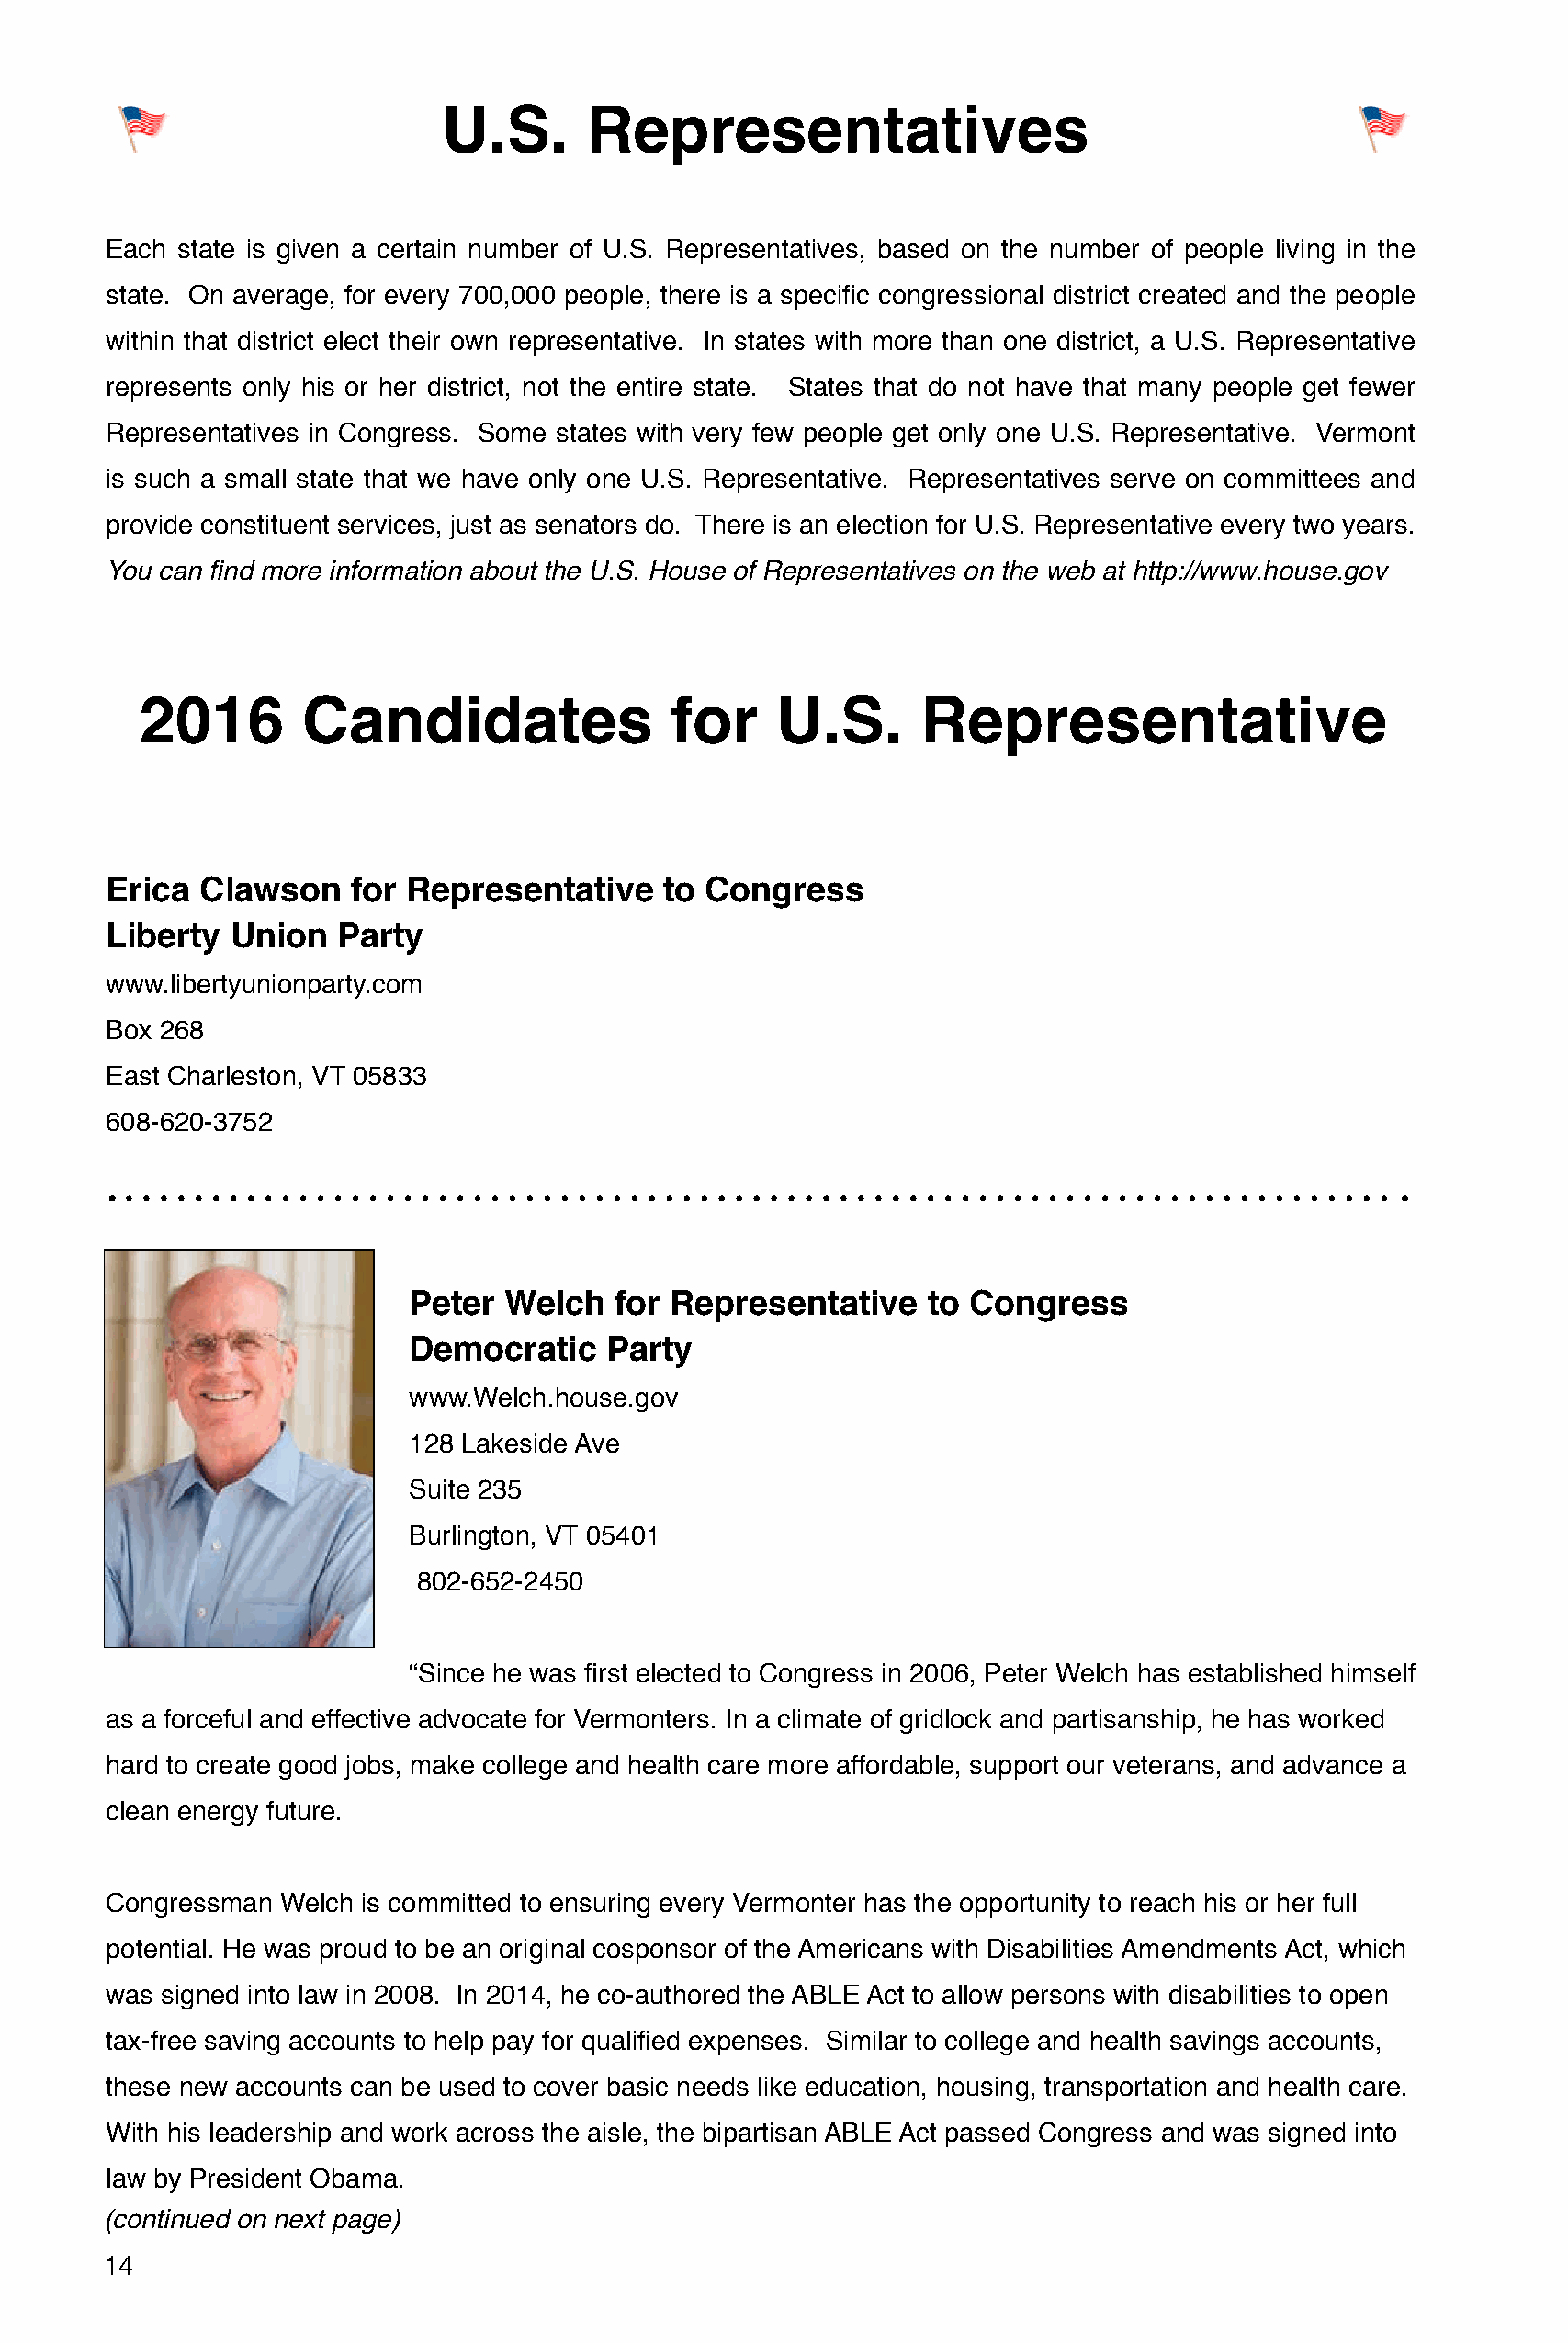
U.S.      Representatives
 Each state is given a certain number of U.S. Representatives, based on the number of people living in the
 state. On average, for every 700,000 people, there is a specific congressional district created and the people
 within that district elect their own representative. In states with more than one district, a U.S. Representative
 represents only his or her district, not the entire state. States that do not have that many people get fewer
 Representatives in Congress. Some states with very few people get only one U.S. Representative. Vermont
 is such a small state that we have only one U.S. Representative. Representatives serve on committees and
 provide constituent services, just as senators do. There is an election for U.S. Representative every two years.
 You can find more information about the U.S. House of Representatives on the web at http://www.house.gov
 2016        Candidates                for     U.S.      Representative
 Erica Clawson    for Representative     to Congress
 Liberty  Union  Party
 www.libertyunionparty.com
 Box 268
 East Charleston, VT 05833
 608-620-3752
 Peter  Welch   for Representative     to Congress
 Democratic     Party
 www.Welch.house.gov
 128 Lakeside Ave
 Suite 235
 Burlington, VT 05401
 802-652-2450
 “Since he was first elected to Congress in 2006, Peter Welch has established himself
 as a forceful and effective advocate for Vermonters. In a climate of gridlock and partisanship, he has worked
 hard to create good jobs, make college and health care more affordable, support our veterans, and advance a
 clean energy future.
 Congressman Welch is committed to ensuring every Vermonter has the opportunity to reach his or her full
 potential. He was proud to be an original cosponsor of the Americans with Disabilities Amendments Act, which
 was signed into law in 2008. In 2014, he co-authored the ABLE Act to allow persons with disabilities to open
 tax-free saving accounts to help pay for qualified expenses. Similar to college and health savings accounts,
 these new accounts can be used to cover basic needs like education, housing, transportation and health care.
 With his leadership and work across the aisle, the bipartisan ABLE Act passed Congress and was signed into
 law by President Obama.
 (continued on next page)
 14